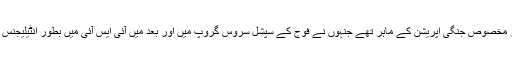
کرنل امام مبینہ طور پر مخصوص جنگی اپریشن کے ماہر تھے جنہوں نے فوج کے سپشل سروس گروپ میں اور بعد میں آئی ایس آئی میں بطور انٹیلیجنس افسر خدمات انجام دیں ۔